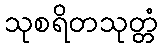
သုစရိတသုတ္တံ